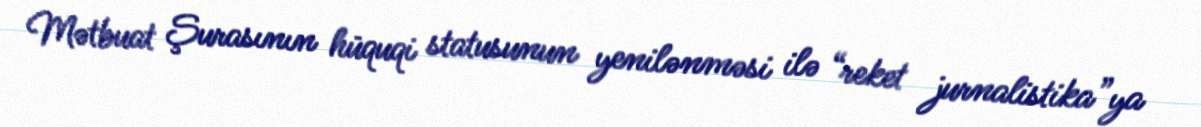
Mətbuat Şurasının hüquqi statusunun yenilənməsi ilə “reket jurnalistika”ya